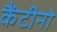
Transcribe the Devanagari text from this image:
कैंटीनो